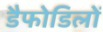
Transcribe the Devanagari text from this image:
डैफोडिलों